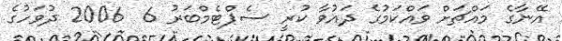
އޭނާގެ މައްޗަށް ވައްކަމުގެ ދައުވާ ކުރީ ސެޕްޓެމްބަރު 6  2006 ދުވަހުގެ